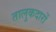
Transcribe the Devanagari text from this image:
तालुकदारों